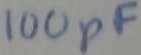
Text: 100pF